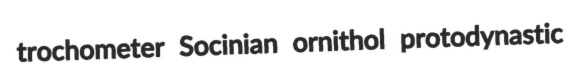
trochometer Socinian ornithol protodynastic